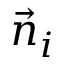
\Vec { n } _ { i }